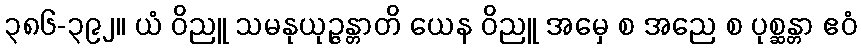
၃၈၆-၃၉၂။ ယံ ဝိညူ သမနုယုဉ္ဇန္တာတိ ယေန ဝိညူ အမှေ စ အညေ စ ပုစ္ဆန္တာ ဧဝံ